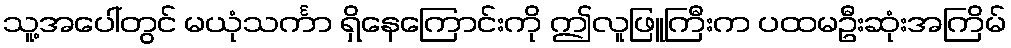
သူ့အပေါ်တွင် မယုံသင်္ကာ ရှိနေကြောင်းကို ဤလူဖြူကြီးက ပထမဦးဆုံးအကြိမ်